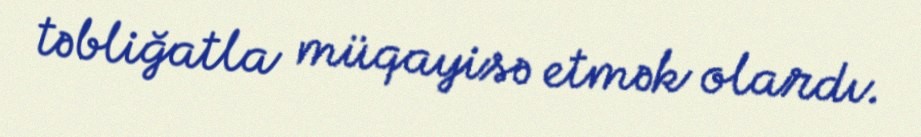
təbliğatla müqayisə etmək olardı.